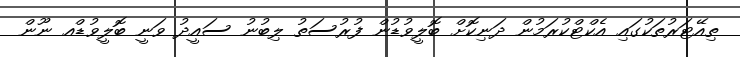
ތިއޭޓަރުތަކުގައި އެކްޓްކުރަމުން ދަނިކޮށް ބޮލީވުޑުން ފުރުސަތު ލިބުނު ސައީދު ވަނީ ބޮލީވުޑްއ ނޫން